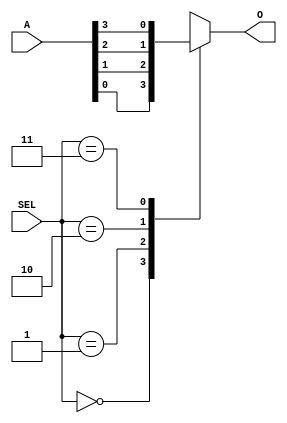
`timescale 1ns / 1ps

// Jonah Meggs 2022
// Jonah's Guide to Verilog Chapter 3 - mux_case.v
// 4 to 1 multiplexer using a case statement

module mux_case(
	input [3:0] A,
	input [1:0] SEL,
	output reg O
    );

always@(SEL, A) begin
	case (SEL)
		0: O <= A[0];
		1: O <= A[1];
		2: O <= A[2];
		3: O <= A[3];
		default: O <= 0;
	endcase
end

endmodule